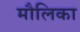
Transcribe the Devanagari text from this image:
मौलिका